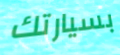
بسيارتك